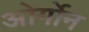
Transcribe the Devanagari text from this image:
ओर्गोन